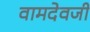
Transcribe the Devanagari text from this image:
वामदेवजी